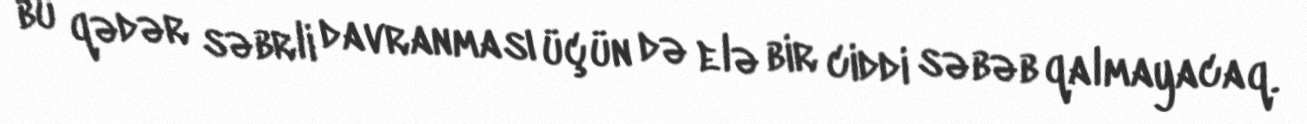
bu qədər səbrli davranması üçün də elə bir ciddi səbəb qalmayacaq.